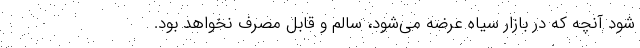
شود آنچه که در بازار سیاه عرضه می‌‌شود، سالم و قابل مصرف نخواهد بود.